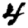
Digit: 4